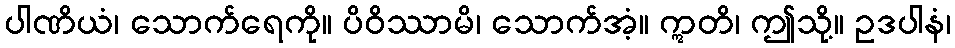
ပါဏိယံ၊ သောက်ရေကို။ ပိဝိဿာမိ၊ သောက်အံ့။ ဣတိ၊ ဤသို့။ ဥဒပါနံ၊